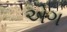
એગ